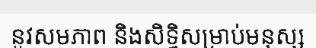
នូវសមភាព និងសិទ្ធិសម្រាប់មនុស្ស